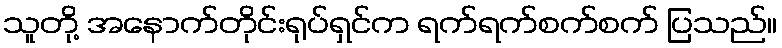
သူတို့ အနောက်တိုင်းရုပ်ရှင်က ရက်ရက်စက်စက် ပြသည်။